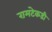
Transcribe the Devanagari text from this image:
रामटेकडी